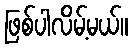
ဖြစ်ပါလိမ့်မယ်။